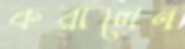
করালেন